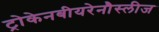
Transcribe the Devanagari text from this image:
ट्रोकेनबीयरेनौस्लीज